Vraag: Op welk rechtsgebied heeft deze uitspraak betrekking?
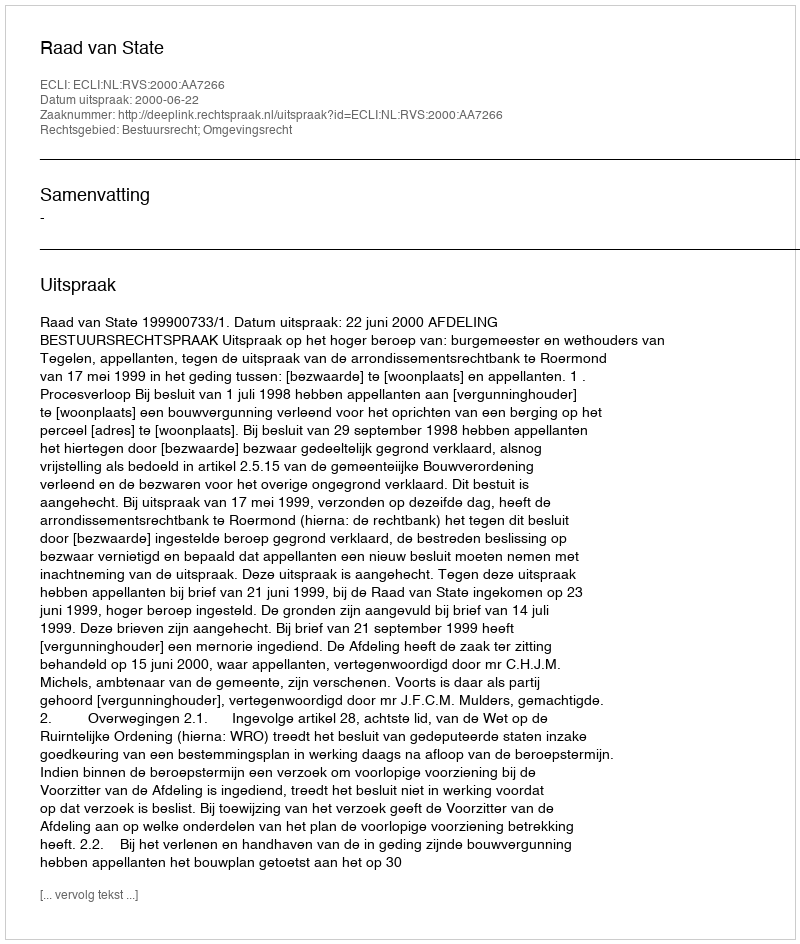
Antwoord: Bestuursrecht; Omgevingsrecht